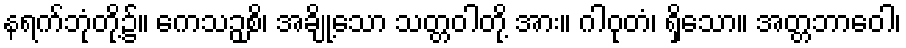
နရက်ဘုံတို့၌။ ကေသဉှစိ၊ အချို့သော သတ္တဝါတို့ အား။ ဂါဝုတံ၊ ရှိသော။ အတ္တဘာဝေါ၊